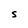
Character: S